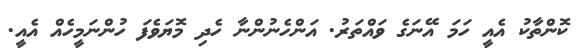
ކޮންތާކު އެއީ ހަމަ އޭނަގެ ވައްތަރު. އަންހެނުންނާ ހެދި މޮޔަވެފަ ހުންނަމީހެއް އެއީ.